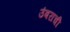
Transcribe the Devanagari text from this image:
उंबराची